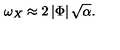
\omega _ { X } \approx 2 \left| \Phi \right| \sqrt { \alpha } .